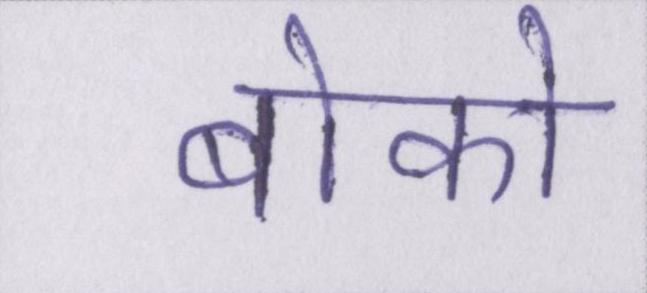
बोको